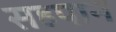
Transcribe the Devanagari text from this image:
सहपान